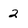
Character: 2